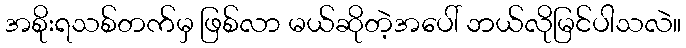
အစိုးရသစ်တက်မှ ဖြစ်လာ မယ်ဆိုတဲ့အပေါ် ဘယ်လိုမြင်ပါသလဲ။